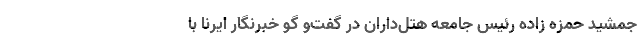
جمشید حمزه زاده رئیس جامعه هتل‌داران در گفت‌و گو خبرنگار ایرنا با